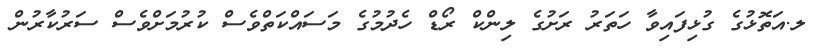
ލ.އަތޮޅުގެ ގުޅިފައިވާ ހަތަރު ރަށުގެ ލިންކް ރޯޑް ހެދުމުގެ މަސައްކަތްވެސް ކުރުމަށްވެސް ސަރުކާރުން